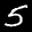
Label: 5